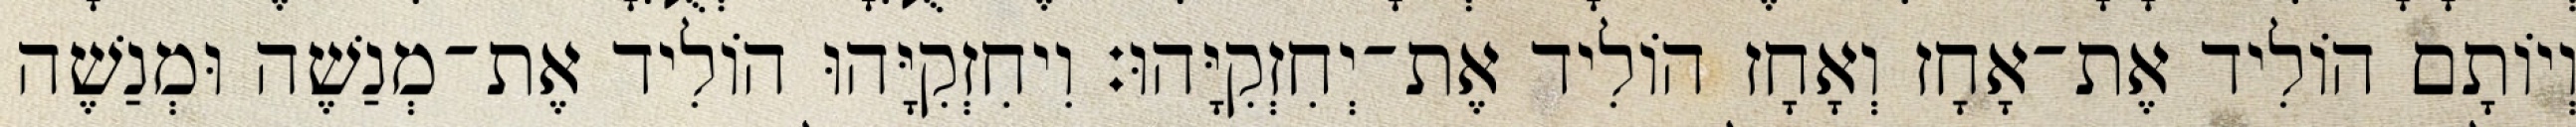
וְיוֹתָם הוֹלִיד אֶת־אָחָז וְאָחָז הוֹלִיד אֶת־יְחִזְקִיָּהוּ׃ וִיחִזְקִיָּהוּ הוֹלִיד אֶת־מְנַשֶׁה וּמְנַשֶׁה